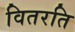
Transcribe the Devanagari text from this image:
वितरति